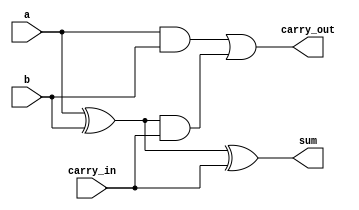
`timescale 1ns / 1ps //check to see that it's coming through
module Full_Adder(input a, b, carry_in, output reg sum, carry_out);
    always @(a or b or carry_in)
    begin
        sum = a ^ b ^ carry_in;
        carry_out = a & b | (a^b) & carry_in;
    end
endmodule

module mux(input a, b, select, output reg out);
    always @(a or b or select)
    begin
        out = (a&~select)|(b&select);
    end
endmodule 

module tri_state(input a, enable, output reg out);
    always @(a or enable)
    begin
    if (enable == 0)
        out = 1'bz;        
    else
        out = a;
    end
endmodule

module two_in_and_gate(input a, b, output reg z);
    always @(a or b)
    begin
        z = a & b;
    end
endmodule

module FACB_four_input(input a_old, a_new, b_old, b_new, enable, carry_in, output carry_out, sum);
    wire FA_in0, FA_in1, FA_out, tri_in0, tri_in1; //, Mux0_in, Mux1_in;
    two_in_and_gate and0(.a(a_old), .b(b_new), .z(tri_in0));
    two_in_and_gate and1(.a(a_new), .b(b_old), .z(tri_in1));
    tri_state tri_0(.a(tri_in0), .enable(enable), .out(FA_in0));
    tri_state tri_1(.a(tri_in1), .enable(enable), .out(FA_in1));
    Full_Adder FA(.a(FA_in0), .b(FA_in1), .carry_in(carry_in), .sum(FA_out), .carry_out(carry_out));
    mux mux0(.a(tri_in1), .b(FA_out), .select(enable), .out(sum));
endmodule

module FACB_three_input(input a_old, b_new, in1, enable, carry_in, output carry_out, sum);
    wire FA_in0, FA_in1, FA_out, tri_in0; //, Mux0_in, Mux1_in;
    two_in_and_gate and0(.a(a_old), .b(b_new), .z(tri_in0));
    tri_state tri_0(.a(tri_in0), .enable(enable), .out(FA_in0));
    tri_state tri_1(.a(in1), .enable(enable), .out(FA_in1));
    Full_Adder FA(.a(FA_in0), .b(FA_in1), .carry_in(carry_in), .sum(FA_out), .carry_out(carry_out));
    mux mux0(.a(in1), .b(FA_out), .select(enable), .out(sum));
endmodule

module Full_Adder_LR_three_in(input a, and_value, b, carry_in, output reg sum, carry_out);
    always @(a or b or and_value or carry_in)
    begin
        sum = a ^ (b&and_value) ^ carry_in;
        carry_out = a & (b&and_value) | (a^(b&and_value)) & carry_in;
    end
endmodule

module Full_Adder_LR_four_in(input in0, in1, in2, in3, carry_in, output reg sum, carry_out);
    always @(in0 or in1 or in2 or in3 or carry_in)
    begin
        sum = (in0&in1) ^ (in2&in3) ^ carry_in;
        carry_out = (in0&in1) & (in2&in3) | ((in0&in1)^(in2&in3)) & carry_in;
    end
endmodule

module ArrayMultiplier_column_bypass_generic(product, a, b);
    parameter m = 4;
    parameter n = 4;
    output wire [m+n-1:0] product;
    input[m-1:0] a;
    input[n-1:0] b;

    wire c_partial[(m-1)*(n)-1:0];
    wire s_partial[(m-1)*(n)-1:0];

    //generate first product bit
    two_in_and_gate two_and(.a(a[0]), .b(b[0]), .z(product[0]));

    //generate first row of the multiplier
    genvar i;
    generate
        for(i=0; i<m-1; i=i+1)
        begin
            //FACB_four_input(input a_old, a_new, b_old, b_new, enable, carry_in, output carry_out, sum);
            FACB_four_input FA_first(.a_old(a[i]), .a_new(a[i+1]), .b_old(b[0]), .b_new(b[1]), .enable(a[i]), .carry_in(1'b0),
             .sum(s_partial[i]), .carry_out(c_partial[i]));
        end
    endgenerate

    //generate middle rows of the multiplier except last column
    genvar j, k;
    generate
        for(k=0; k<n-2; k=k+1) //row
        begin
            for(j=0; j<m-2; j=j+1)  //column
            begin
                //FACB_three_input(input a_old, b_new, in1, enable, carry_in, output carry_out, sum);
                FACB_three_input FA_middle(.a_old(a[j]), .b_new(b[k+2]), .in1(s_partial[((m-1)*k)+(j+1)]), .enable(a[j]), .carry_in(c_partial[((m-1)*k)+j]),
                 .sum(s_partial[((m-1)*(k+1))+j]), .carry_out(c_partial[((m-1)*(k+1))+j]));
            end
        end
    endgenerate

    //generate middle lines of the multiplier - last column of each row
    genvar z;
    generate
        for(z=0; z<n-2; z=z+1)
        begin
            //FACB_four_input(input a_old, a_new, b_old, b_new, enable, carry_in, output carry_out, sum);
            FACB_four_input FA_middle_last_column(.a_old(a[m-2]), .a_new(a[m-1]), .b_old(b[z+1]), .b_new(b[z+2]), .enable(a[m-2]), .carry_in(c_partial[(m-1)*(z)+(m-2)]),
             .sum(s_partial[((m-1)*(z+1))+(m-2)]), .carry_out(c_partial[((m-1)*(z+1))+(m-2)]));
        end
    endgenerate

    //generate last line of the multiplier
    genvar l;
    generate
        for(l=0; l<n-1; l=l+1)
        begin
            if(l==0) //first column
            begin
                //Full_Adder_LR_three_in(input a, and_value, b, carry_in, output reg sum, carry_out);
                Full_Adder_LR_three_in Last_row_first_column(.a(s_partial[((m-1)*(n-2))+1]), .and_value(a[l]), .b(c_partial[((m-1)*(n-2))+l]), .carry_in(1'b0),
                 .sum(s_partial[((m-1)*(n-1))+l]), .carry_out(c_partial[((m-1)*(n-1))+l]));
            end else if (l < m-2)
            begin
                Full_Adder_LR_three_in Last_row_middle_columns(.a(s_partial[((m-1)*(n-2))+l+1]), .and_value(a[l]), .b(c_partial[((m-1)*(n-2))+l]), .carry_in(c_partial[((m-1)*(n-1))+l-1]),
                 .sum(s_partial[((m-1)*(n-1))+l]), .carry_out(c_partial[((m-1)*(n-1))+l]));
            end else begin
                //Full_Adder_LR_four_in(input in0, in1, in2, in3, carry_in, output reg sum, carry_out);
                Full_Adder_LR_four_in Last_row_last_column(.in0(a[m-1]), .in1(b[n-1]), .in2(a[m-2]), .in3(c_partial[((m-1)*(n-2))+l]), .carry_in(c_partial[((m-1)*(n-1))+l-1]), 
                 .sum(s_partial[((m-1)*(n-1))+l]), .carry_out(c_partial[((m-1)*(n-1))+l]));
            end
        end
    endgenerate

    //end product bits from first and middle cells
    generate
        for(i=0; i<n-1; i=i+1)
        begin
            buf (product[i+1], s_partial[(m-1)*i]);
        end
    endgenerate

    //end product bits for last line of cells
    generate
        for(i=0; i<n-1; i=i+1)
        begin
            buf (product[i+n], s_partial[((m-1)*(n-1))+i]);
        end
    endgenerate

    //msb of product
    buf (product[m+n-1], c_partial[((m-1)*(n))-1]);
endmodule